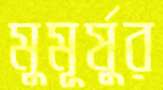
মুমূর্ষুর